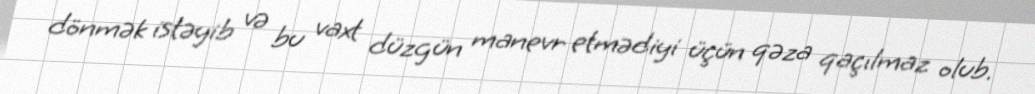
dönmək istəyib və bu vaxt düzgün manevr etmədiyi üçün qəza qaçılmaz olub.